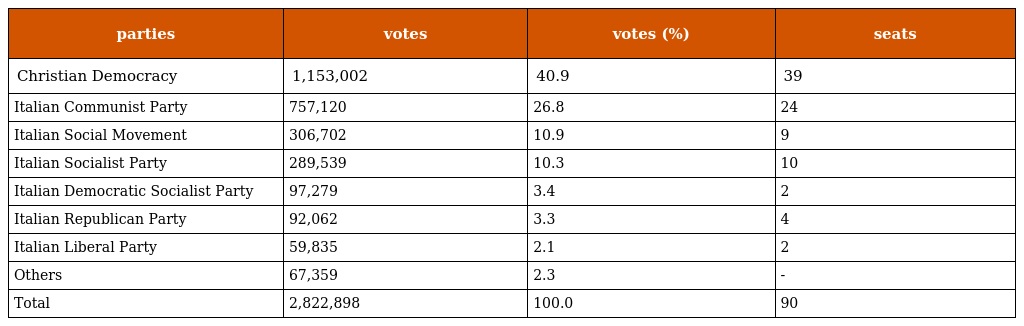
| parties | votes | votes (%) | seats |
 | --- | --- | --- | --- |
 | Christian Democracy | 1,153,002 | 40.9 | 39 |
 | Italian Communist Party | 757,120 | 26.8 | 24 |
 | Italian Social Movement | 306,702 | 10.9 | 9 |
 | Italian Socialist Party | 289,539 | 10.3 | 10 |
 | Italian Democratic Socialist Party | 97,279 | 3.4 | 2 |
 | Italian Republican Party | 92,062 | 3.3 | 4 |
 | Italian Liberal Party | 59,835 | 2.1 | 2 |
 | Others | 67,359 | 2.3 | - |
 | Total | 2,822,898 | 100.0 | 90 |